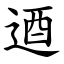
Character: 逎